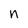
Character: n